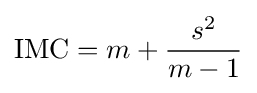
\mathrm {IMC} =m+{\frac {s^{2}}{m-1}}